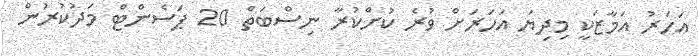
އަހަރު އަމާޒަކީ މިދިޔަ އަހަރަށް ވުރެ ކުށްކުރާ ނިސްބަތް 20 ޕަސެންޓް މަދުކުރުން